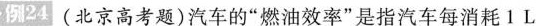
例24 (北京高考题)汽车的”燃油效率”是指汽车每消耗1L